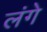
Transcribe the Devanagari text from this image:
लंगे